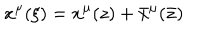
LaTeX: x ^ { \mu } ( \xi ) = x ^ { \mu } ( z ) + \bar { x } ^ { \mu } ( { \bar { z } } )